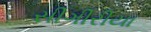
સીગીરીયા